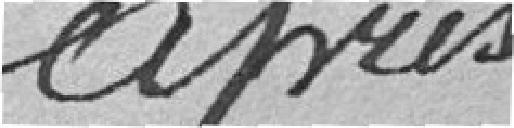
après